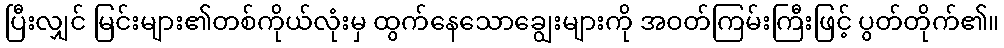
ပြီးလျှင် မြင်းများ၏တစ်ကိုယ်လုံးမှ ထွက်နေသောချွေးများကို အဝတ်ကြမ်းကြီးဖြင့် ပွတ်တိုက်၏။